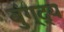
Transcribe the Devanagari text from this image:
बुंग्द्य